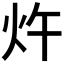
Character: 𰝿